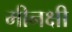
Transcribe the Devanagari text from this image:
मीनक्षी